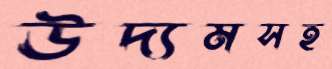
উদ্যমসহ